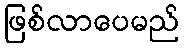
ဖြစ်လာပေမည်